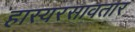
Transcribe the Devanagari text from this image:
हास्यरसावतार